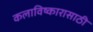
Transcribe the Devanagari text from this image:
कलाविष्कारासाठी